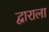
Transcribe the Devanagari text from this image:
द्वाराला